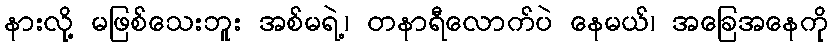
နားလို့ မဖြစ်သေးဘူး အစ်မရဲ့၊ တနာရီလောက်ပဲ နေမယ်၊ အခြေအနေကို